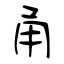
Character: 甬